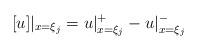
LaTeX: \begin{align*}[u]|_{x=\xi_j} = u|_{x=\xi_j}^+ - u|_{x=\xi_j}^-\end{align*}